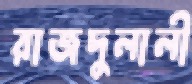
রাজদুলালী